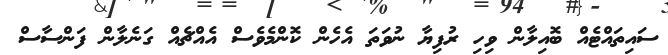
ސައިތައްޓެއް ބޮއިލާން ވިހި ރުފިޔާ ނުވަތަ އެހެން ކޮންމެވެސް އެއްޗެއް ގަނެލާން ފަންސާސް